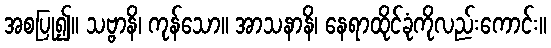
အစပြု၍။ သဗ္ဗာနိ၊ ကုန်သော။ အာသနာနိ၊ နေရာထိုင်ခုံကိုလည်းကောင်း။